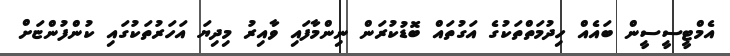
އެމްޓީސީސީން ބައެއް ހިދުމަތްތަކުގެ އަގުތައް ބޮޑުކުރަން ނިންމާފައި ވާއިރު މިދިޔަ އަހަރުތަކުގައި ކުންފުންޏަށް